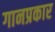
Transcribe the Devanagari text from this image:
गानप्रकार